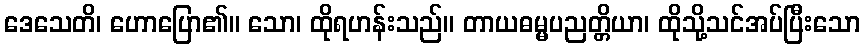
ဒေသေတိ၊ ဟောပြော၏။ သော၊ ထိုရဟန်းသည်။ တာယဓမ္မပညတ္တိယာ၊ ထိုသို့သင်အပ်ပြီးသော